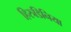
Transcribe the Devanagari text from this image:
हिरुडिनिया